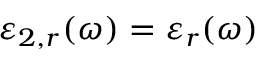
\varepsilon _ { 2 , r } ( \omega ) = \varepsilon _ { r } ( \omega )